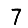
Digit: 7